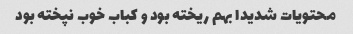
محتویات شدیدا بهم ریخته بود و کباب خوب نپخته بود